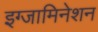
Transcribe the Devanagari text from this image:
इग्जामिनेशन